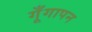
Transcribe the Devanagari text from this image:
गूँगापन